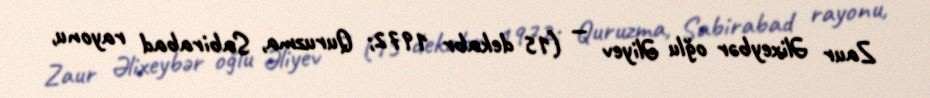
Zaur Əlixeybər oğlu Əliyev — (15 dekabr 1972; Quruzma, Sabirabad rayonu,